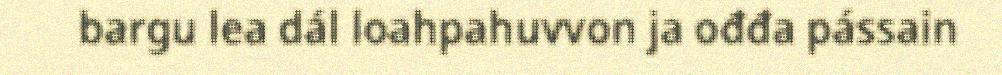
bargu lea dál loahpahuvvon ja ođđa pássain